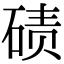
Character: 碛